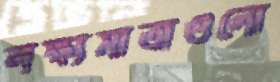
লক্ষ্যমাত্রাগুলো